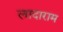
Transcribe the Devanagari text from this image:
लादाराम